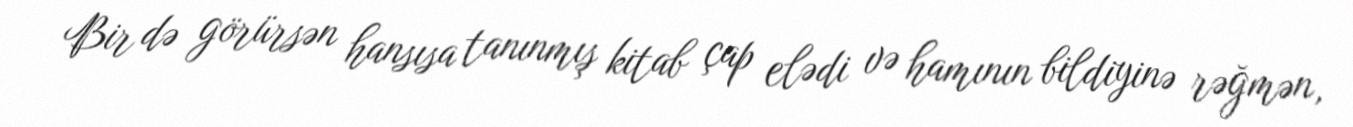
Bir də görürsən hansısa tanınmış kitab çap elədi və hamının bildiyinə rəğmən,